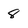
Character: 8